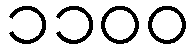
၁၁၀၀